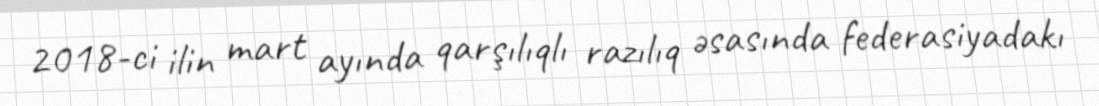
2018-ci ilin mart ayında qarşılıqlı razılıq əsasında federasiyadakı